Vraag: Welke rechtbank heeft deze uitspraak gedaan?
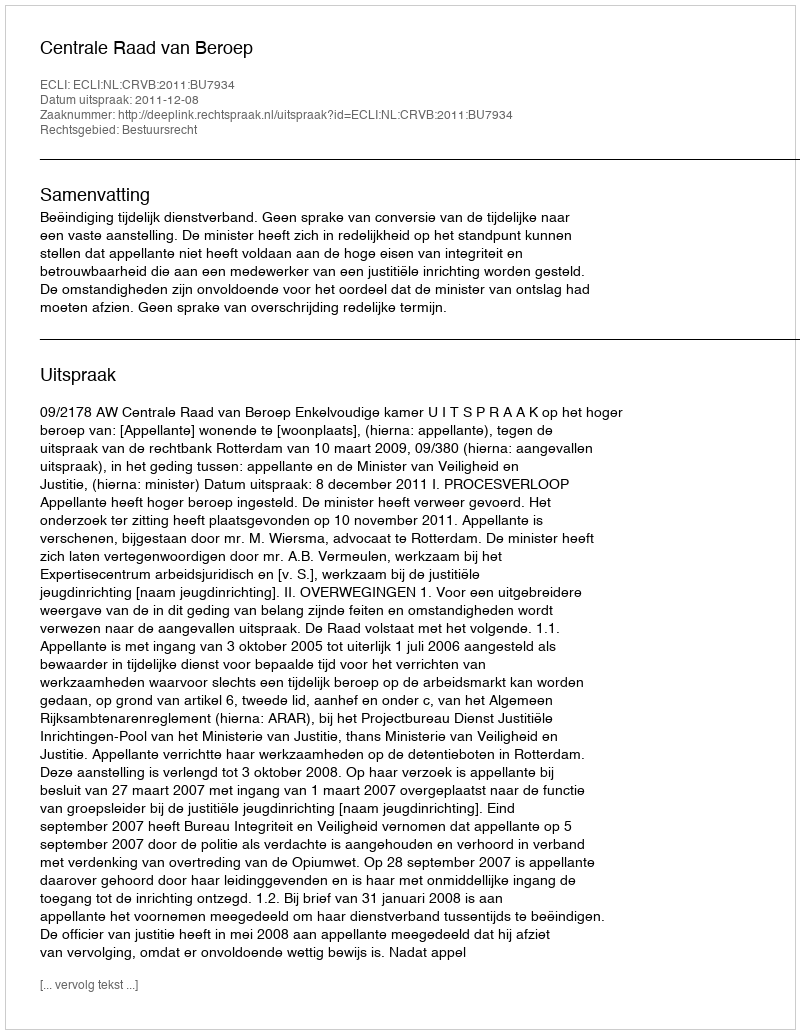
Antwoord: Centrale Raad van Beroep